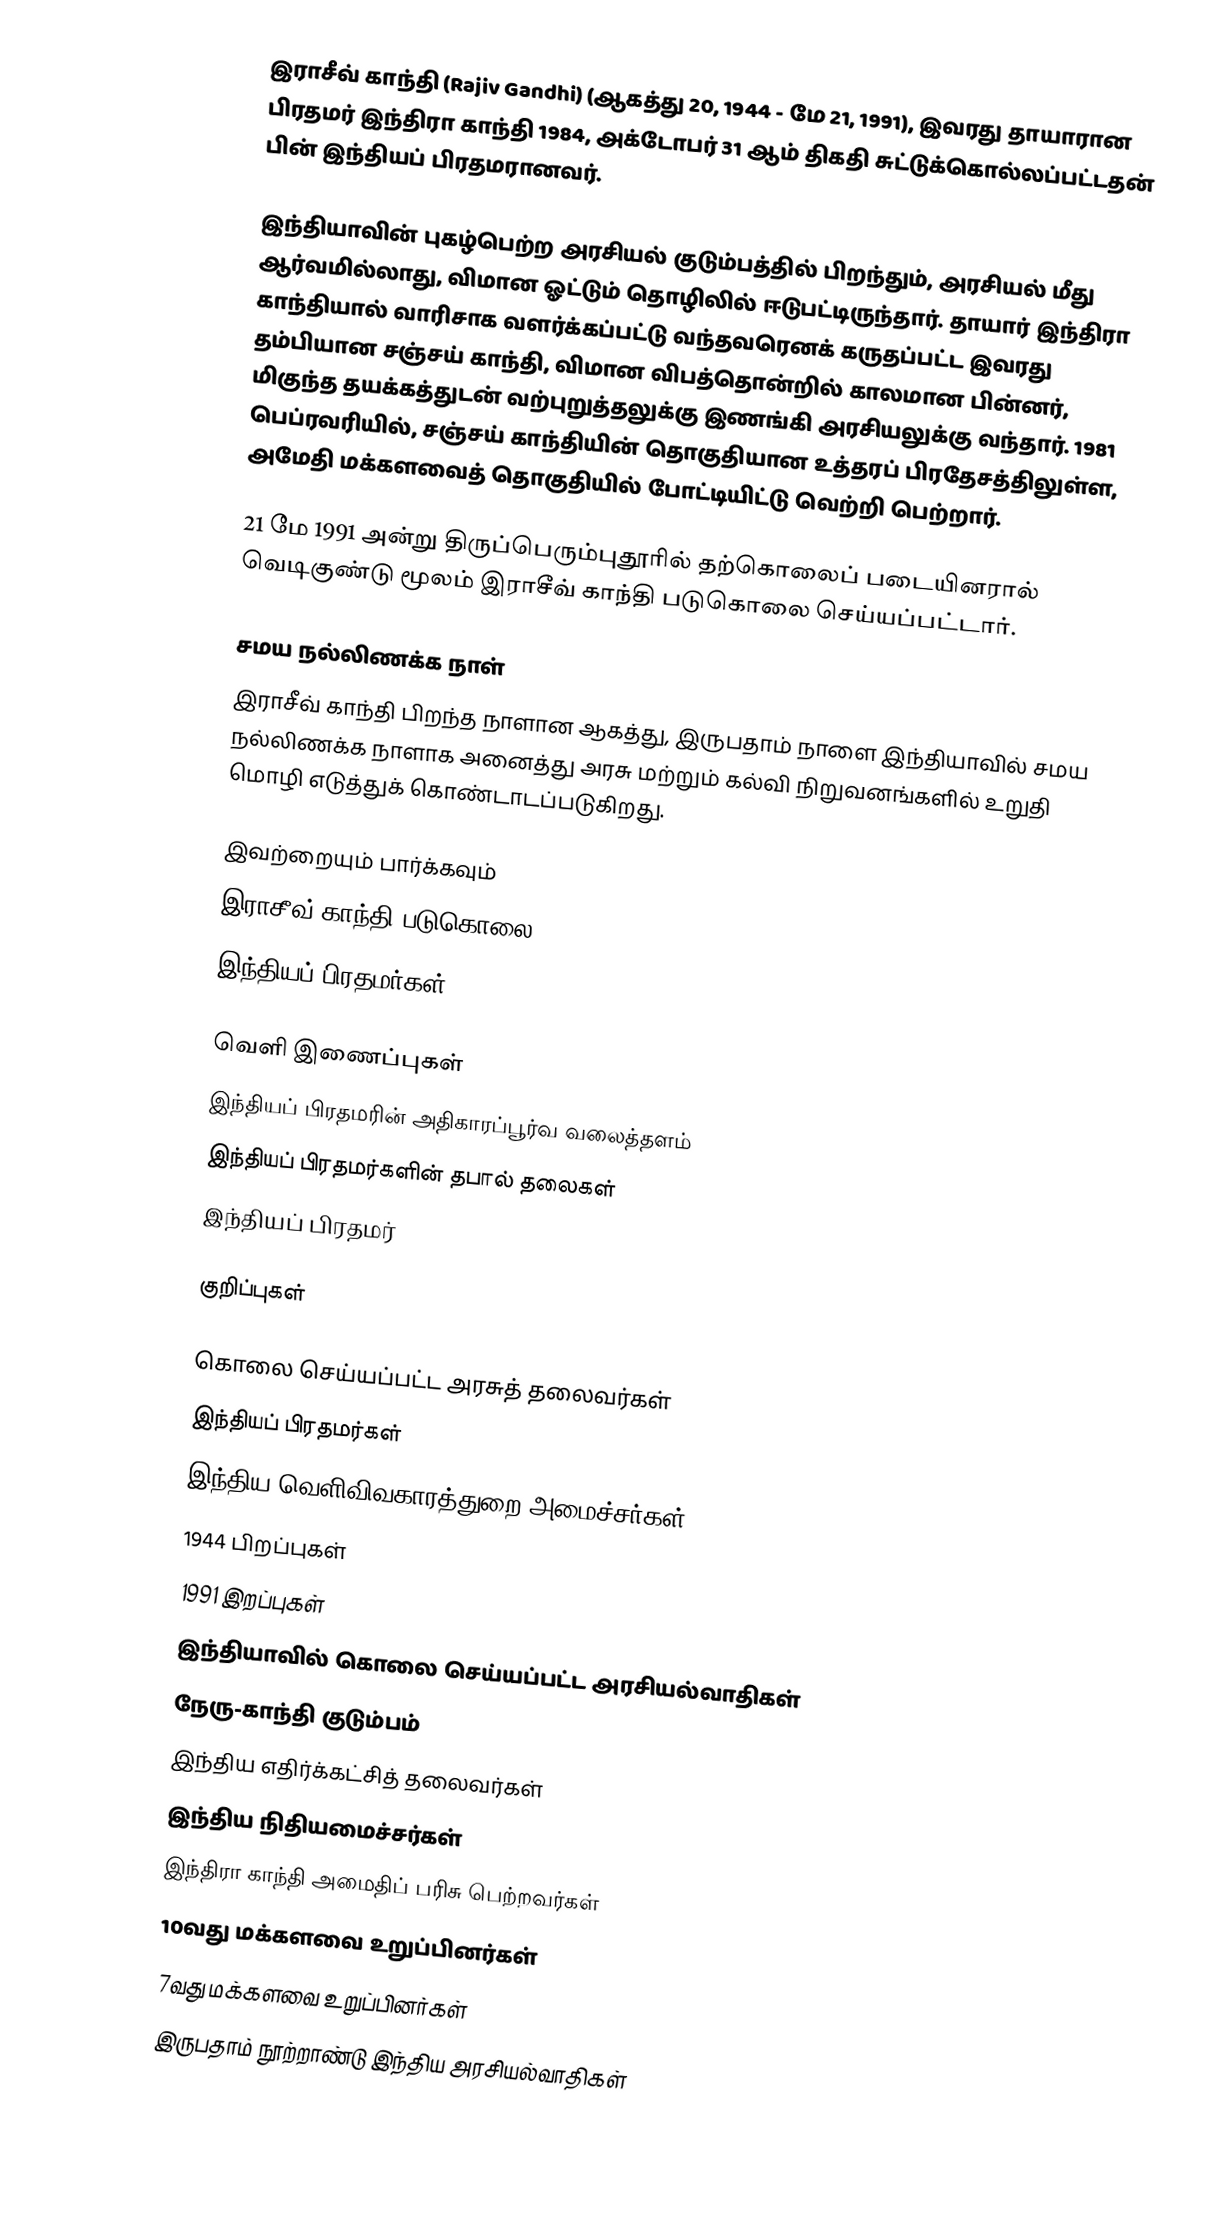
இராசீவ் காந்தி (Rajiv Gandhi) (ஆகத்து 20, 1944 - மே 21, 1991), இவரது தாயாரான பிரதமர் இந்திரா காந்தி 1984, அக்டோபர் 31 ஆம் திகதி சுட்டுக்கொல்லப்பட்டதன் பின் இந்தியப் பிரதமரானவர்.

இந்தியாவின் புகழ்பெற்ற அரசியல் குடும்பத்தில் பிறந்தும், அரசியல் மீது ஆர்வமில்லாது, விமான ஓட்டும் தொழிலில் ஈடுபட்டிருந்தார். தாயார் இந்திரா காந்தியால் வாரிசாக வளர்க்கப்பட்டு வந்தவரெனக் கருதப்பட்ட இவரது தம்பியான சஞ்சய் காந்தி, விமான விபத்தொன்றில் காலமான பின்னர், மிகுந்த தயக்கத்துடன் வற்புறுத்தலுக்கு இணங்கி அரசியலுக்கு வந்தார். 1981 பெப்ரவரியில், சஞ்சய் காந்தியின் தொகுதியான உத்தரப் பிரதேசத்திலுள்ள, அமேதி மக்களவைத் தொகுதியில் போட்டியிட்டு வெற்றி பெற்றார்.

21 மே 1991 அன்று திருப்பெரும்புதூரில் தற்கொலைப் படையினரால் வெடிகுண்டு மூலம் இராசீவ் காந்தி படுகொலை செய்யப்பட்டார்.

சமய நல்லிணக்க நாள்
இராசீவ் காந்தி பிறந்த நாளான ஆகத்து, இருபதாம் நாளை இந்தியாவில் சமய நல்லிணக்க நாளாக அனைத்து அரசு மற்றும் கல்வி நிறுவனங்களில் உறுதி மொழி எடுத்துக் கொண்டாடப்படுகிறது.

இவற்றையும் பார்க்கவும்
 இராசீவ் காந்தி படுகொலை
 இந்தியப் பிரதமர்கள்

வெளி இணைப்புகள்
 இந்தியப் பிரதமரின் அதிகாரப்பூர்வ வலைத்தளம்
 இந்தியப் பிரதமர்களின் தபால் தலைகள்
 இந்தியப் பிரதமர்

குறிப்புகள்

கொலை செய்யப்பட்ட அரசுத் தலைவர்கள்
இந்தியப் பிரதமர்கள்
இந்திய வெளிவிவகாரத்துறை அமைச்சர்கள்
1944 பிறப்புகள்
1991 இறப்புகள்
இந்தியாவில் கொலை செய்யப்பட்ட அரசியல்வாதிகள்
நேரு-காந்தி குடும்பம்
இந்திய எதிர்க்கட்சித் தலைவர்கள்
இந்திய நிதியமைச்சர்கள்
இந்திரா காந்தி அமைதிப் பரிசு பெற்றவர்கள்
10வது மக்களவை உறுப்பினர்கள்
7வது மக்களவை உறுப்பினர்கள்
இருபதாம் நூற்றாண்டு இந்திய அரசியல்வாதிகள்